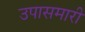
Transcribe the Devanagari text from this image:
उपासमारी